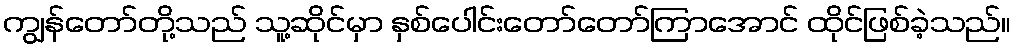
ကျွန်တော်တို့သည် သူ့ဆိုင်မှာ နှစ်ပေါင်းတော်တော်ကြာအောင် ထိုင်ဖြစ်ခဲ့သည်။